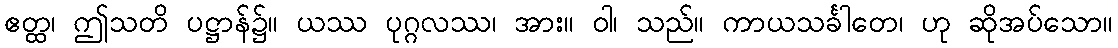
ဧတ္ထ၊ ဤသတိ ပဋ္ဌာန်၌။ ယဿ ပုဂ္ဂလဿ၊ အား။ ဝါ၊ သည်။ ကာယသင်္ခါတေ၊ ဟု ဆိုအပ်သော။